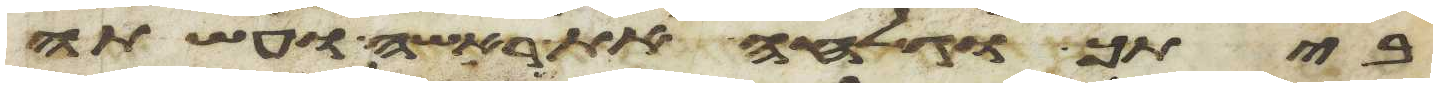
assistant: ביתך וגלחה את ראשה ועשתה